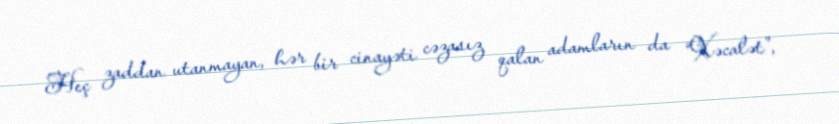
Heç zaddan utanmayan, hər bir cinayəti cəzasız qalan adamların da “Xəcalət”,